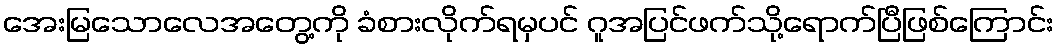
အေးမြသောလေအတွေ့ကို ခံစားလိုက်ရမှပင် ဂူအပြင်ဖက်သို့ရောက်ပြီဖြစ်ကြောင်း